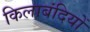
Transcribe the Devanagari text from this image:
किलाबंदियों